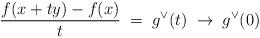
LaTeX: \begin{align*}\frac{f(x+ty)-f(x)}{t}\;=\;g^\vee(t)\;\to\; g^\vee(0)\end{align*}